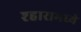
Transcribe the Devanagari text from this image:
श्हारामध्ये